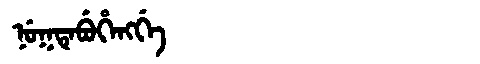
Manchu: ᠨᡠᡴᡨᡝᠪᡠᡥᡝᠩᡤᡝ
Romanization: NUKTEBUHENGGE